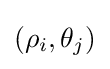
(\rho _{i},\theta _{j})